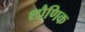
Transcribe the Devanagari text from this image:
शौणिक